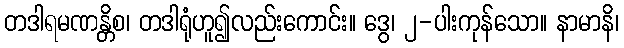
တဒါရမဏန္တိစ၊ တဒါရုံဟူ၍လည်းကောင်း။ ဒွေ၊ ၂-ပါးကုန်သော။ နာမာနိ၊